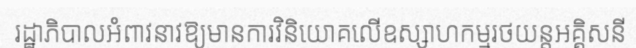
រដ្ឋាភិបាលអំពាវនាវឱ្យមានការវិនិយោគលើឧស្សាហកម្មរថយន្តអគ្គិសនី